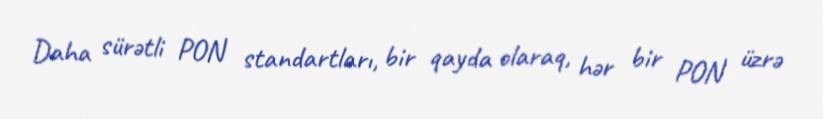
Daha sürətli PON standartları, bir qayda olaraq, hər bir PON üzrə